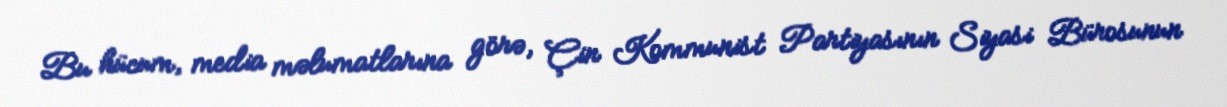
Bu hücum, media məlumatlarına görə, Çin Kommunist Partiyasının Siyasi Bürosunun